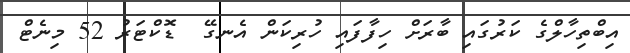
އިބްތިހާލްގެ ކަރުގައި ބާރަށް ހިފާފައި ހުރިކަން އެނގޭ  ޑޮކްޓަރު 52 މިނެޓް